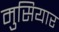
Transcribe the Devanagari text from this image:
मुसियार